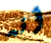
أنه